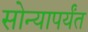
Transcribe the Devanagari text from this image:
सोन्यापर्यंत